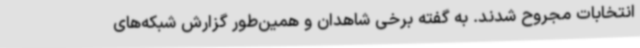
انتخابات مجروح شدند. به گفته برخی شاهدان و همین‌طور گزارش شبکه‌های